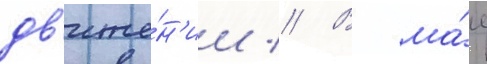
дв'иже́н'ии // В ма́е